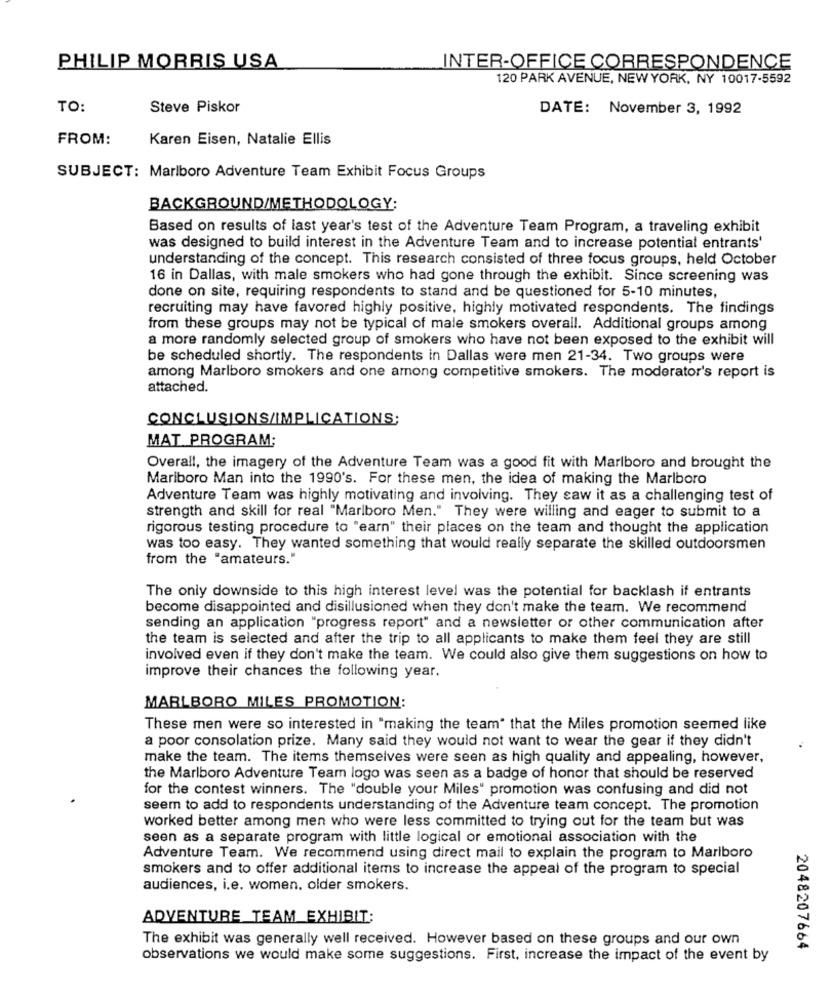
PHILIP MORRIS USA
INTER-OFFICE CORRESPONDENCE
120 PARK AVENUE, NEW YORK, NY 10017-5592
TO:
Steve Piskor
DATE: November 3, 1992
FROM:
Karen Eisen, Natalie Ellis
SUBJECT: Marlboro Adventure Team Exhibit Focus Groups
BACKGROUND/METHODOLOGY:
Based on results of last year's test of the Adventure Team Program, a traveling exhibit
was designed to build interest in the Adventure Team and to increase potential entrants'
understanding of the concept. This research consisted of three focus groups, held October
16 in Dallas, with male smokers who had gone through the exhibit. Since screening was
done on site, requiring respondents to stand and be questioned for 5-10 minutes,
recruiting may have favored highly positive, highly motivated respondents. The findings
from these groups may not be typical of male smokers overall. Additional groups among
a more randomly selected group of smokers who have not been exposed to the exhibit will
be scheduled shortly. The respondents in Dallas were men 21-34. Two groups were
among Marlboro smokers and one among competitive smokers. The moderator's report is
attached.
CONCLUSIONS/IMPLICATIONS;
MAT PROGRAM:
Overall, the imagery of the Adventure Team was a good fit with Marlboro and brought the
Marlboro Man into the 1990's. For these men, the idea of making the Marlboro
Adventure Team was highly motivating and involving. They saw it as a challenging test of
strength and skill for real "Marlboro Men." They were willing and eager to submit to a
rigorous testing procedure to "earn" their places on the team and thought the application
was too easy. They wanted something that would really separate the skilled outdoorsmen
from the "amateurs."
The only downside to this high interest level was the potential for backlash if entrants
become disappointed and disillusioned when they don't make the team. We recommend
sending an application "progress report" and a newsletter or other communication after
the team is selected and after the trip to all applicants to make them feel they are still
involved even if they don't make the team. We could also give them suggestions on how to
improve their chances the following year.
MARLBORO MILES PROMOTION:
These men were so interested in "making the team" that the Miles promotion seemed like
a poor consolation prize. Many said they would not want to wear the gear if they didn't
make the team. The items themselves were seen as high quality and appealing, however,
the Marlboro Adventure Team logo was seen as a badge of honor that should be reserved
for the contest winners. The "double your Miles" promotion was confusing and did not
seem to add to respondents understanding of the Adventure team concept. The promotion
worked better among men who were less committed to trying out for the team but was
seen as a separate program with little logical or emotional association with the
Adventure Team. We recommend using direct mail to explain the program to Marlboro
smokers and to offer additional items to increase the appeal of the program to special
audiences, i.e. women, older smokers.
ADVENTURE TEAM EXHIBIT;
The exhibit was generally well received. However based on these groups and our own
2048207664
observations we would make some suggestions. First, increase the impact of the event by